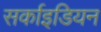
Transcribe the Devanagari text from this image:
सर्काइडियन